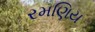
રમણિય